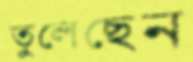
তুলেছেন